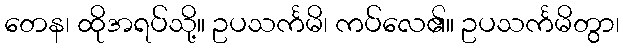
တေန၊ ထိုအရပ်သို့။ ဥပသင်္ကမိ၊ ကပ်လေ၏။ ဥပသင်္ကမိတွာ၊